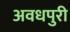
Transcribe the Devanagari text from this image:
अवधपुरी